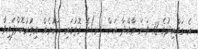
އެ ގަވާއިދުގެ 13 ވަނަ މާއްދާ އަށް (ޅ)ގެ ގޮތުގައި އަކުރެއް އިތުރުކޮށްފައިވާ